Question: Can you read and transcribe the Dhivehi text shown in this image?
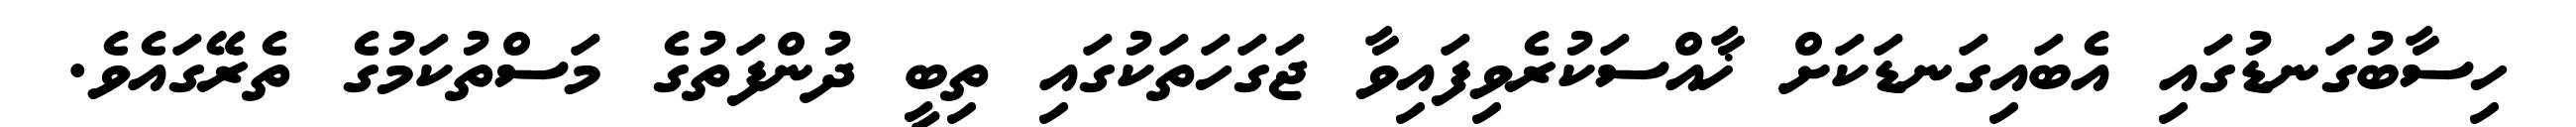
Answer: ހިސާބުގަނޑުގައި އެބައިގަނޑަކަށް ޚާއްސަކުރެވިފައިވާ ޖަގަހަތަކުގައި ތިބީ ދުންފަތުގެ މަސްތުކަމުގެ ތެރޭގައެވެ.